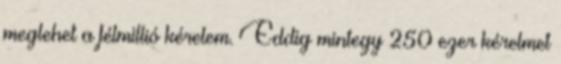
meglehet a félmillió kérelem. Eddig mintegy 250 ezer kérelmet